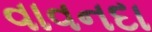
વાવનદા